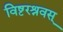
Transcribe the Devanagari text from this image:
विष्टरश्रवस्